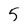
Character: 5